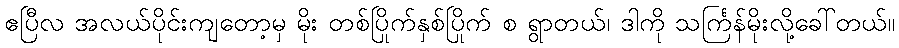
ဧပြီလ အလယ်ပိုင်းကျတော့မှ မိုး တစ်ပြိုက်နှစ်ပြိုက် စ ရွာတယ်၊ ဒါကို သင်္ကြန်မိုးလို့ခေါ်တယ်။